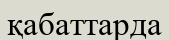
қабаттарда